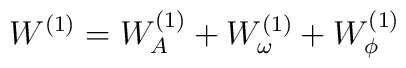
W^{(1)}=W_{A}^{(1)}+W_{\omega }^{(1)}+W_{\phi }^{(1)}